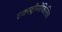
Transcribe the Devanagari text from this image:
एक्स्ट्रीमोफिलिक